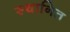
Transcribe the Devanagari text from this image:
स्थानित